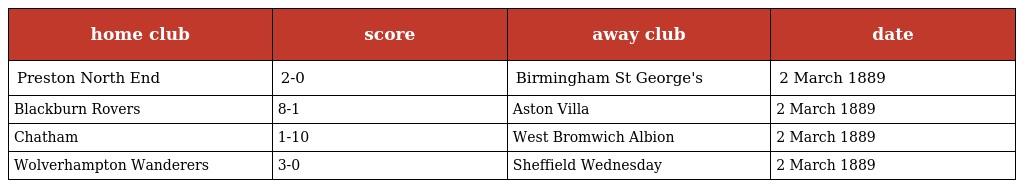
| home club | score | away club | date |
 | --- | --- | --- | --- |
 | Preston North End | 2-0 | Birmingham St George's | 2 March 1889 |
 | Blackburn Rovers | 8-1 | Aston Villa | 2 March 1889 |
 | Chatham | 1-10 | West Bromwich Albion | 2 March 1889 |
 | Wolverhampton Wanderers | 3-0 | Sheffield Wednesday | 2 March 1889 |